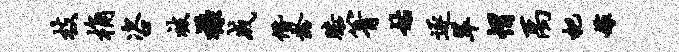
枝桷咨被襟成僭龄膝箐姑逐翠帽禹杷嫁